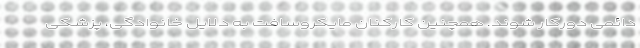
دائمی دورکار شوند. همچنین کارکنان مایکروسافت به دلایل خانوادگی، پزشکی